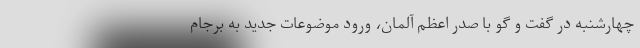
چهارشنبه در گفت و گو با صدر اعظم آلمان، ورود موضوعات جدید به برجام